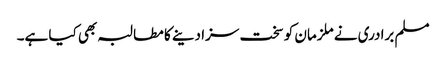
مسلم برادری نے ملزمان کو سخت سزا دینے کا مطالبہ بھی کیا ہے۔